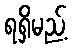
ရရှိမည့်